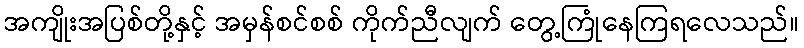
အကျိုးအပြစ်တို့နှင့် အမှန်စင်စစ် ကိုက်ညီလျက် တွေ့ကြုံနေကြရလေသည်။